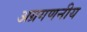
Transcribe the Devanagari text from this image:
अग्रगणनीय